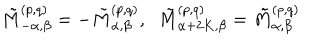
LaTeX: \tilde { M } _ { - \alpha , \beta } ^ { ( p , q ) } = - \tilde { M } _ { \alpha , \beta } ^ { ( p , q ) } , \; \; \tilde { M } _ { \alpha + 2 K , \beta } ^ { ( p , q ) } = \tilde { M } _ { \alpha , \beta } ^ { ( p , q ) }